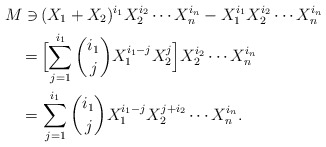
\begin{align*}M\ni\,&(X_1+X_2)^{i_1}X_2^{i_2}\cdots X_n^{i_n}-X_1^{i_1}X_2^{i_2}\cdots X_n^{i_n}\cr=\,&\Bigl[\sum_{j=1}^{i_1}\binom{i_1}jX_1^{i_1-j}X_2^j\Bigr]X_2^{i_2}\cdots X_n^{i_n}\cr=\,&\sum_{j=1}^{i_1}\binom{i_1}jX_1^{i_1-j}X_2^{j+i_2}\cdots X_n^{i_n}.\end{align*}